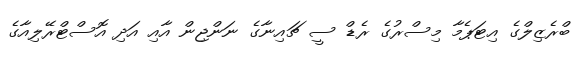
ބްރެޒިލްގެ އިޓަޕެމާ މިސްރުގެ ރެޑް ސީ ޗައިނާގެ ނަންޖިން އާއި އަދި އޮސްޓްރޭލިއާގެ